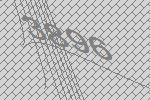
3896